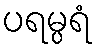
ပရမ္ပရံ